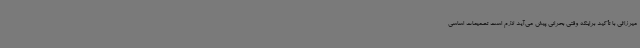
میرزائی با تأکید براینکه وقتی بحرانی پیش می‌آید لازم است تصمیمات اساسی